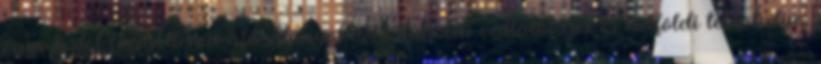
egymástól függetlenül áfa-alanyok. A külföldi vállalkozás és belföldi telephelye,